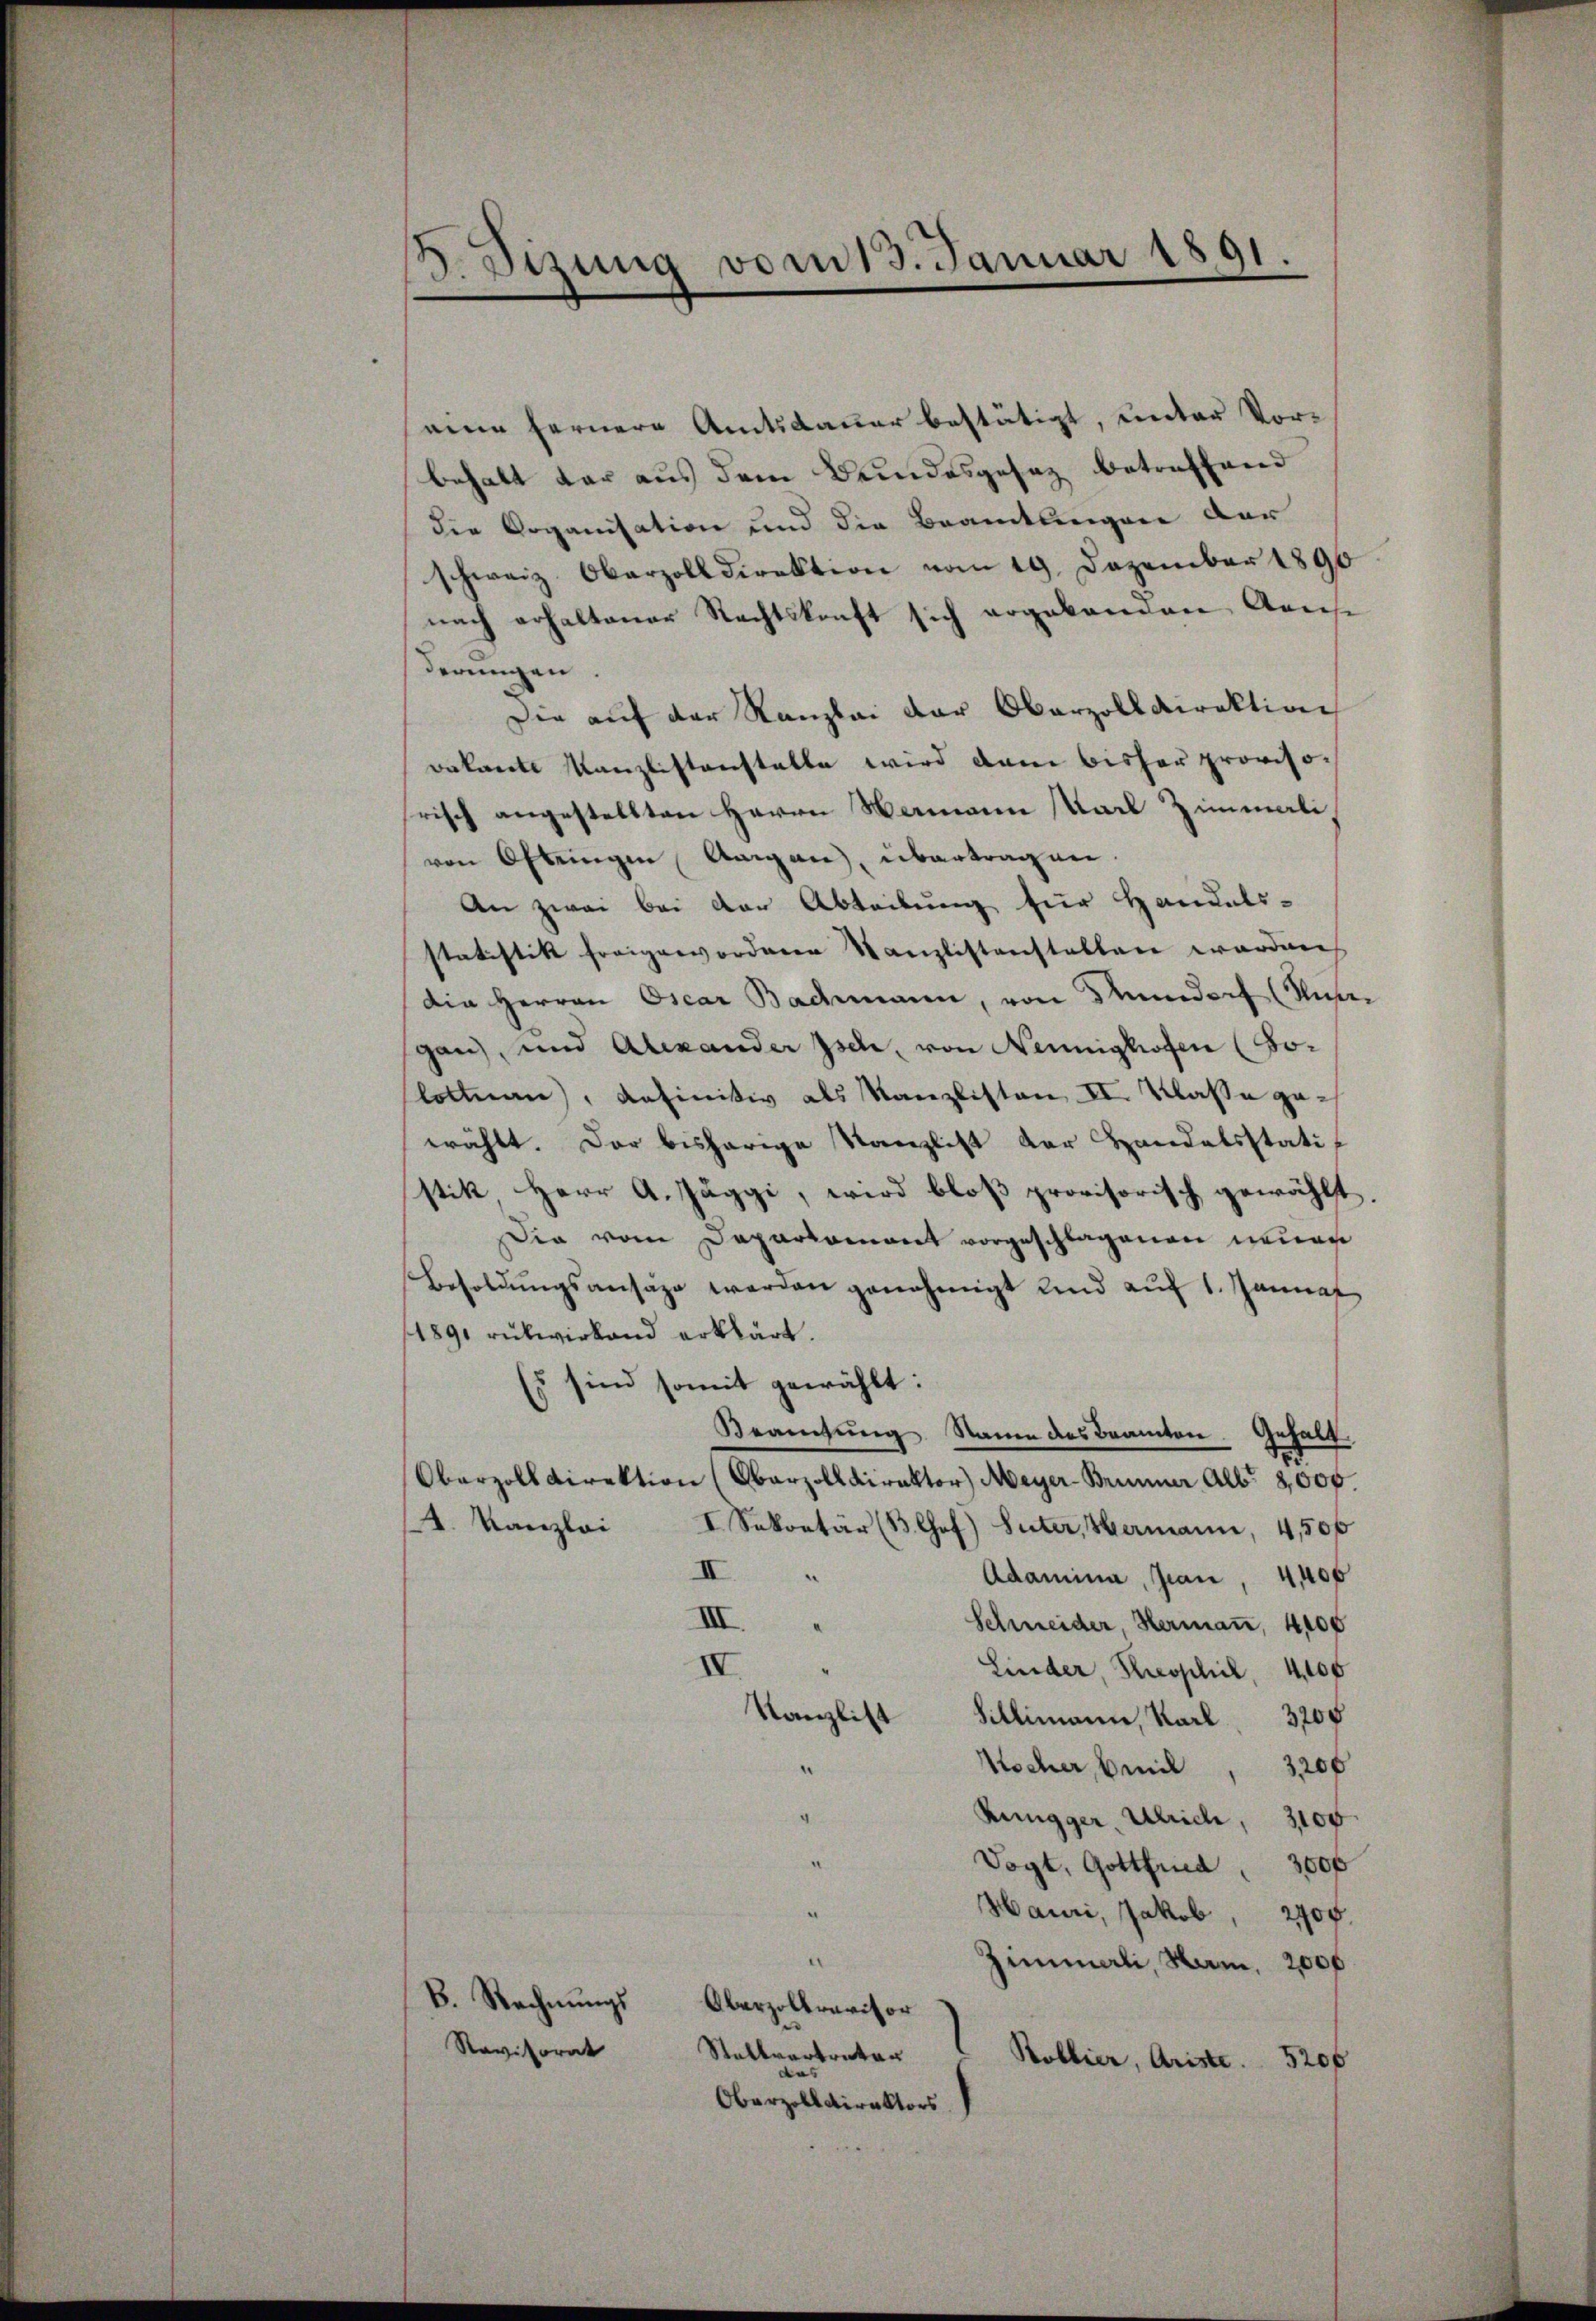
5. Sizung vom 13. Januar 1891
2

eine fernere Amtsdauer bestätigt, unter Vorbehalt dar aus dem Bundesgesez betreffend
die Organisation und die Beamtlingen dar
schweiz. Oberzolldirektion vom 19. Dezember 1890
nach erhaltener Rechtskonft sich ergebanden Arres
derungen
Die aŭf der Kanzlei der Oberzolldirektion
Bakante Kanzlistanstalle wird dann bisher provisofrisch angestellten Herrn Hermann Karl Zimmeli
von Oftringen Aargau, übertragen.
An zwei bei der Abteilung für Handels-
statistik freizervordnern Kanzlistenstalten worden
dia Herren Oscar Bachmann, von Mundorf (Muse
gan, und Alexander Isch, von Neunighofen (Solottan, definitiv als Kanzlisten II. Klasse gewählt. Der bisherige Kanzlist der Handelsstatistik Herr A. Jäggi, wird bloß provisorisch gewählt.
Die vom Deparkoment vorgeschlagenen neuen
Besoldŭngsansätze werden genehmigt und auf 1. Januar
189, rükwirkend erklärt.
Es sind somit gewählt:
Beamtung Raum des Beamten
Gehalt.
d
Oberzolldirektion (Obarzolldirektor Meyer-Brunner Alb. 8,000.
4. Kanzlei I. Sekretär (B Chef) Suter, Hermann, 4,500
II
Adamina, Jean, 4,400
III.
Schneider, Hermaṅ, 4100
IV
Linder, Sophil, 4100
Kanzlist
Sillimann, Karl 300
3200
Wocher, beil
e
Rungger Ulrich, 3100
Vogt, Gottfried " 3000
Hauri, Jakob, 2700.
Zimmerli, Nam. 2000
B. Rechnŭngs
Oberzollrevisor
Revisorat Stallvertreter
Bollier, Ariste.
5200
das
Oberzolldirektors